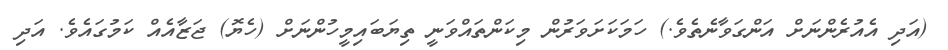
(އަދި އެއުރެންނަށް އަންގަވާނެތެވެ.) ހަމަކަށަވަރުން މިކަންތައްވަނީ ތިޔަބައިމީހުންނަށް (ހެޔޮ) ޖަޒާއެއް ކަމުގައެވެ. އަދި